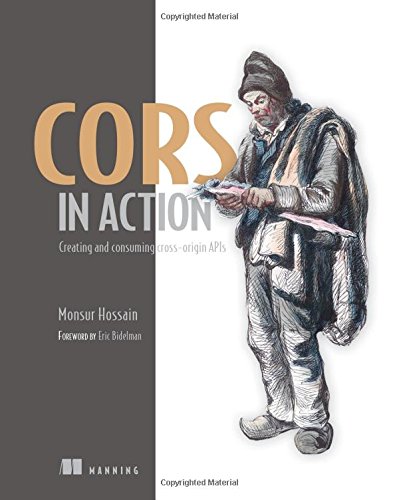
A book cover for CORS in Action: Creating and consuming cross-origin APIs; Monsur Hossain; Computers & Technology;